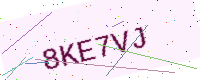
Text: 8KE7VJ